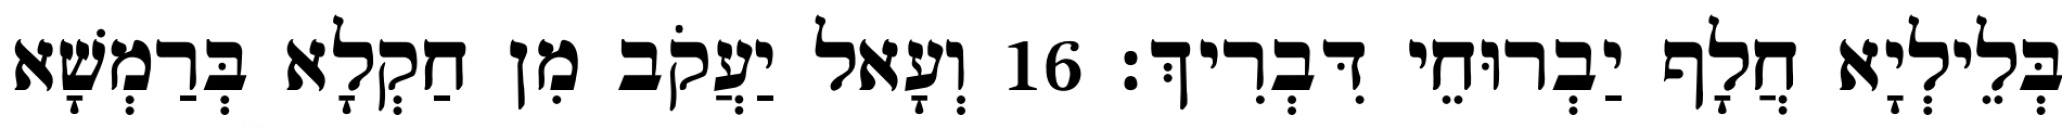
בְּלֵילְיָא חֲלָף יַבְרוּחֵי דִּבְרִיךְ׃ 16 וְעָאל יַעֲקֹב מִן חַקְלָא בְּרַמְשָׁא